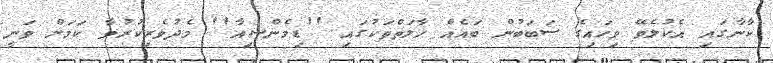
ކާނާގައި އެކުލެވޭ ވިހައިގެ ސަބަބުން ބައެއް ހާލަތްތަކުގައި ''ޑިމެންޝިއާ'' މެދުވެރިކުރުވާ ކަމަށް ވަނީ